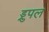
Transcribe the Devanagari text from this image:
ड्रुपल